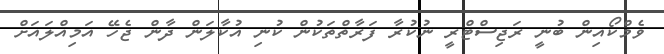
ވެމްކޯއިން ބުނީ ރަޖިސްޓްރީ ނުކުރާ ފަރާތްތަކުން ކުނި އުކާލަން ދާން ޖެހޭ އަމިއްލައަށް